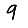
Digit: 9